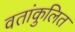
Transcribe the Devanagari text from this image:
वतांकुलित